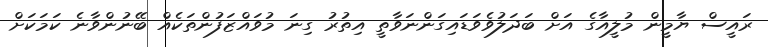
ރައީސް ޔާމީން މުލީއާގެ އަށް ބަދަލުވެވަޑައިގަންނަވާތީ އިތުރު ގިނަ މުވައްޒަފުންތަކެއް ބޭނުންވާނެ ކަމަކަށް